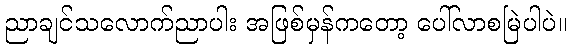
ညာချင်သလောက်ညာပါး အဖြစ်မှန်ကတော့ ပေါ်လာစမြဲပါပဲ။